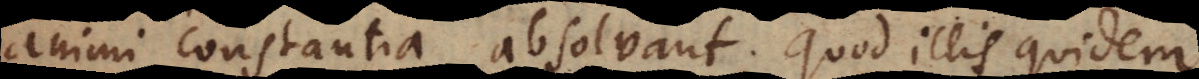
animi constantia absolvant. Quod illis quidem